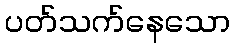
ပတ်သက်နေသော